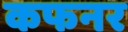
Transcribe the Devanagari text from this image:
कफनर